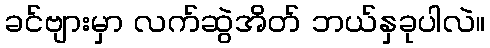
ခင်ဗျားမှာ လက်ဆွဲအိတ် ဘယ်နှခုပါလဲ။